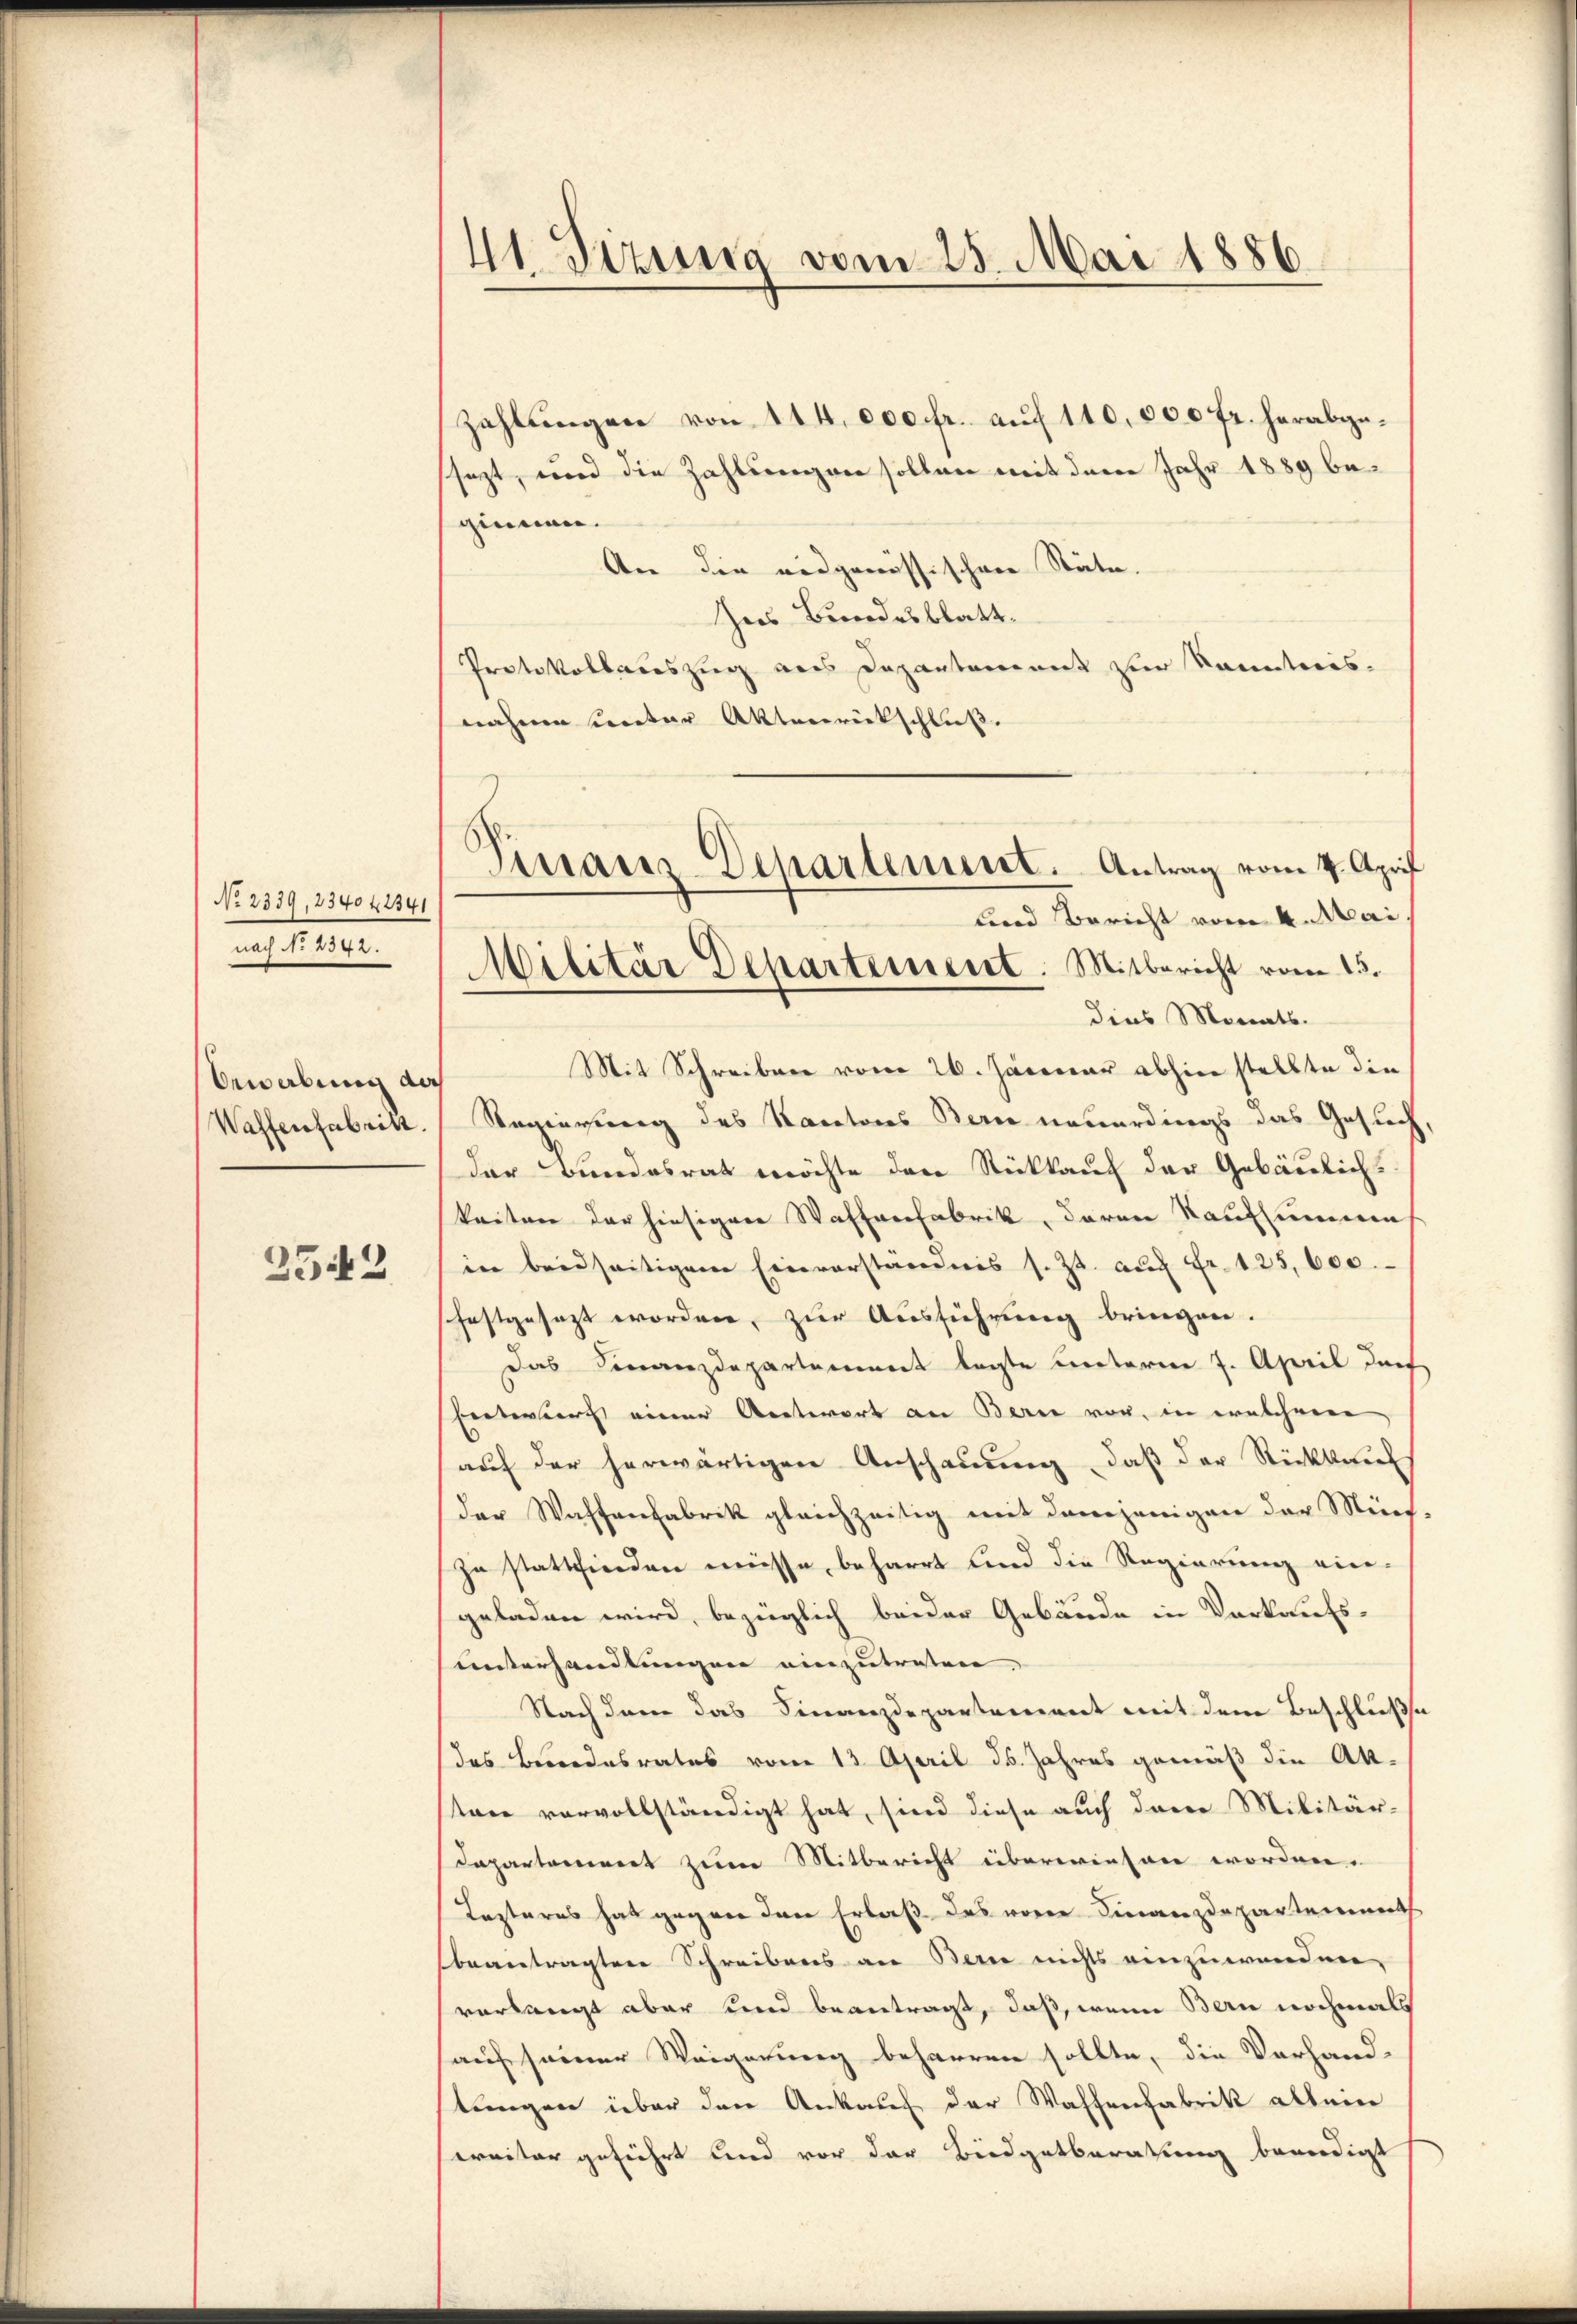
No 2339, 234042341
nach No 2342.

bewerbung dah
Waffenfabritt.

2542

41. Sizung vom 25. Mai 1886.

Zahlungen von 144. 000 fr. auf 110,000 fr. herabgesezt, wird die Zahlung von sollen mit deren Jahr 1889 beginnen.
An die eidgenössischene Stäte.
Ines Bundesblatt.
Protokollauszug aus Departement zur Sonntweis-
nahme unter Aktenrückschluß
und Bericht vom 4. Mai
dies Monats-
Mit Schreiben vom 26. Januar abhin stellte die
Regierung des Karatores Berne neuerdings das Gesuch
der Bundesrath möchte den Rückkauf der Gebäulich
keiten der hiesigen Waffenfabrik, daran kaufsummen
in beidseitigem Einverständnis s. Zt. auf Fr. 125,000.
sfestgesezt worden, zur Ausführung bringen.
Das Finanzdepartement legte unterne 7. April durf
bertenberg einer Antwort an Berne vor, in welchere
auf der herwärtigen Anschauung, daß der Rückkauf
der Waffenfabrik gleichzeitig mit demjenigen der Münch
zu stattfinden müsse, beharrt sind die Regierung ein-
geladen wird, bezüglich beider Gebäude in Vorkaufs-
unterhandlungen einzutreten,
Nach dem das Finanzdepartement mit dem Beschluße
des Besondesrates vom 13. April ds. Jahres gemäß die Aktone vorvollständigt hat, sind diese auch dann Militär-
Dapartamiert zum Mitbericht übereinsame worden.
Tezteres hat gegen den Erlaß das voren Finanzdepartement
beantragten Schreibens an Berne nichts einzuwenden,
verlangt aber und beantragt, daß, wenn Bern nochmals
auf seiner Weigerung beharren sollte, die Vorhand-
stungen über den Ankauf der Waffenfabrik allein
ereiter geführt und vor der Budgetberatung beendigt

Finanz-Departement. Antrag vom 4. April
Militär Departement. Mitbericht vom 15.